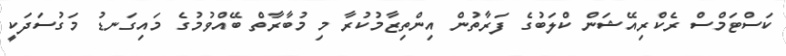
ކަސްޓަމްސް ރެކްރިއޭޝަން ކްލަބުގެ ފަރާތުން އިންތިޒާމުކުރާ މި މުބާރާތް ބޭއްވުމުގެ މައިގަނޑު މަގުސަދަކީ